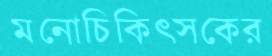
মনোচিকিত্সকের